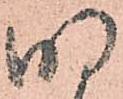
明